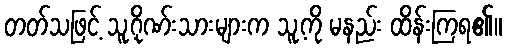
တတ်သဖြင့် သူ့ဂိုဏ်းသားများက သူ့ကို မနည်း ထိန်းကြရ၏။